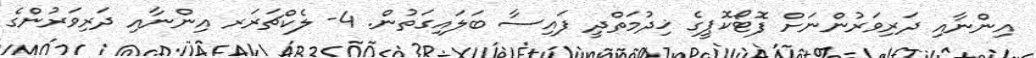
އިންނާއި ދަރިވަރުންނަށް ފޮޓޯކޮޕީގެ ޚިދުމަތްދީ ފައިސާ ބަލައިގަތުން. 4- ލެކްޗަރަރ އިންނާއި ދަރިވަރުންގެ